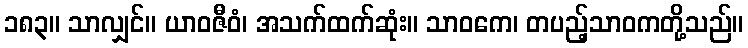
၁၈၃။ သာလျှင်။ ယာဝဇီဝံ၊ အသက်ထက်ဆုံး။ သာဝကေ၊ တပည့်သာဝကတို့သည်။